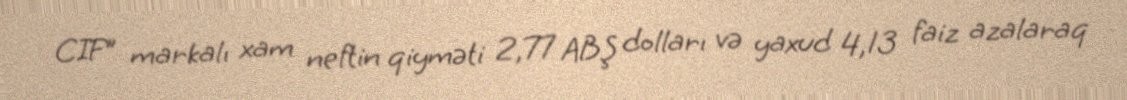
CIF” markalı xam neftin qiyməti 2,77 ABŞ dolları və yaxud 4,13 faiz azalaraq